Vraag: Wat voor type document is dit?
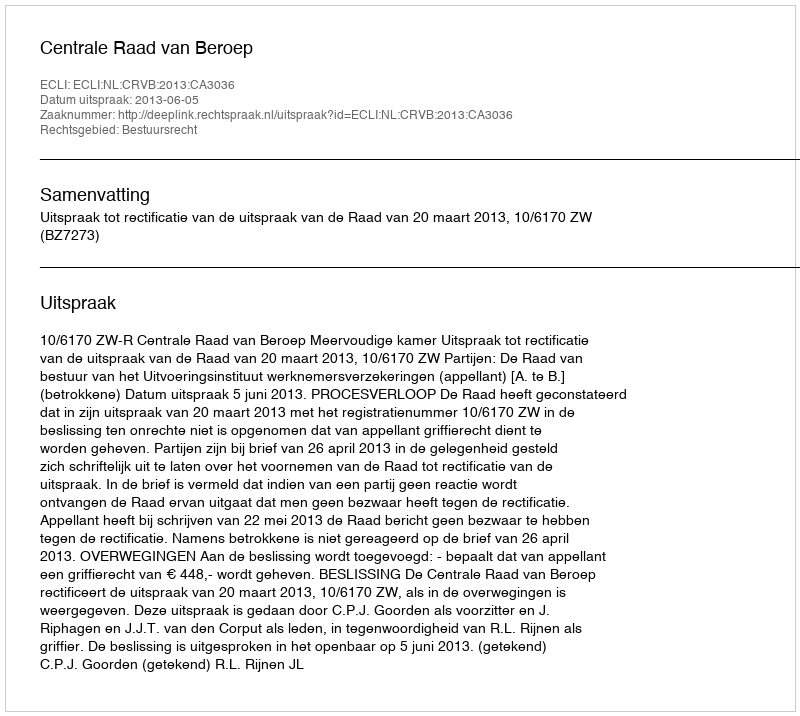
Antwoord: Uitspraak